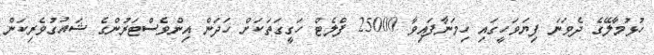
ހުޅުމާލޭގެ ދެވަނަ ފިޔަވަހީގައި ހިމަނާފައިވާ 25000 ފްލެޓް ހަގީގަތަކަށް ހަދަން އިންވެސްޓަރުންގެ ޝައުގުވެރިކަން